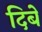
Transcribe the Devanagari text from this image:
दिबे